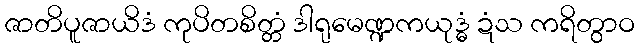
ဇာတိပူဇာယိဒံ ကုပိတစိတ္တံ ဒါရုမေဏ္ဍကယုဒ္ဓံ ဍံသ ကရိတွာဝ